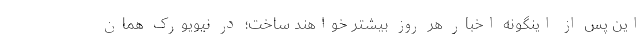
این پس از اینگونه اخبار هر روز بیشتر خواهند ساخت؛ در نیویورک همان